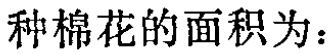
种棉花的面积为：